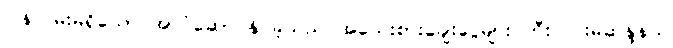
ပြန်လမ်းမရှိသော အာဂုံဆောင်နိုင်ခဲ့သည် အသေးစားချေးငွေများ ဘီးလင်းမဲဆန္ဒနယ်